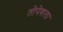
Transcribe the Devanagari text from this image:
तोपेशला